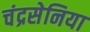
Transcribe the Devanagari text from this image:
चंद्रसेनिया